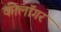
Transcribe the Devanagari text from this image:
कीलॉगर